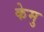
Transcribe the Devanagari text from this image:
केमु